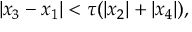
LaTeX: | x _ { 3 } - x _ { 1 } | < \tau ( | x _ { 2 } | + | x _ { 4 } | ) ,